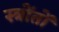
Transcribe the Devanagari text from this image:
स्त्रोंतों